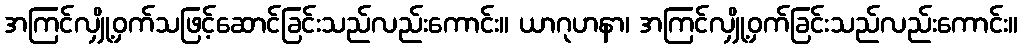
အကြင်လျှို့ဝှက်သဖြင့်ဆောင်ခြင်းသည်လည်းကောင်း။ ယာဂုဟနာ၊ အကြင်လျှို့ဝှက်ခြင်းသည်လည်းကောင်း။